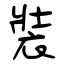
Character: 裝